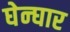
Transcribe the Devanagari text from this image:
घेन्घार